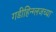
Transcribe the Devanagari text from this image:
गडीहिन्ग्लजच्या